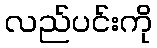
လည်ပင်းကို